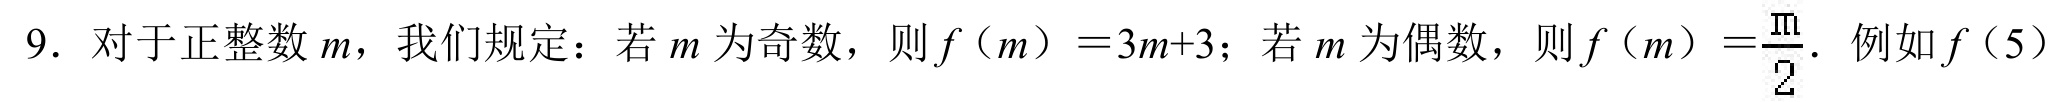
9. 对于正整数\(m\)，我们规定：若\(m\)为奇数，则\(f(m)=3m + 3\)；若\(m\)为偶数，则\(f(m)=\frac{m}{2}\). 例如\(f(5)\)